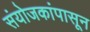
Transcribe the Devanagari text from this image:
संयोजकांपासून